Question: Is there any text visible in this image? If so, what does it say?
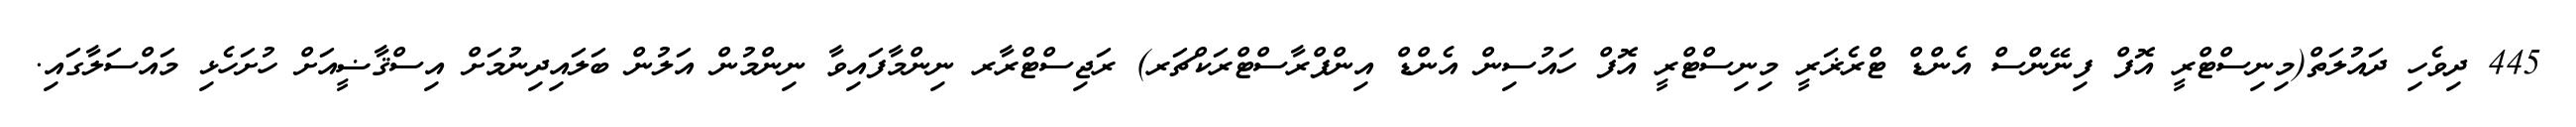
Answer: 445 ދިވެހި ދައުލަތް(މިނިސްޓްރީ އޮފް ފިނޭންސް އެންޑް ޓްރެޜަރީ މިނިސްޓްރީ އޮފް ހައުސިން އެންޑް އިންފްރާސްޓްރަކްޗަރ) ރަޖިސްޓްރާރ ނިންމާފައިވާ ނިންމުން އަލުން ބަލައިދިނުމަށް އިސްޤާޟީއަށް ހުށަހެޅި މައްސަލާގައި.